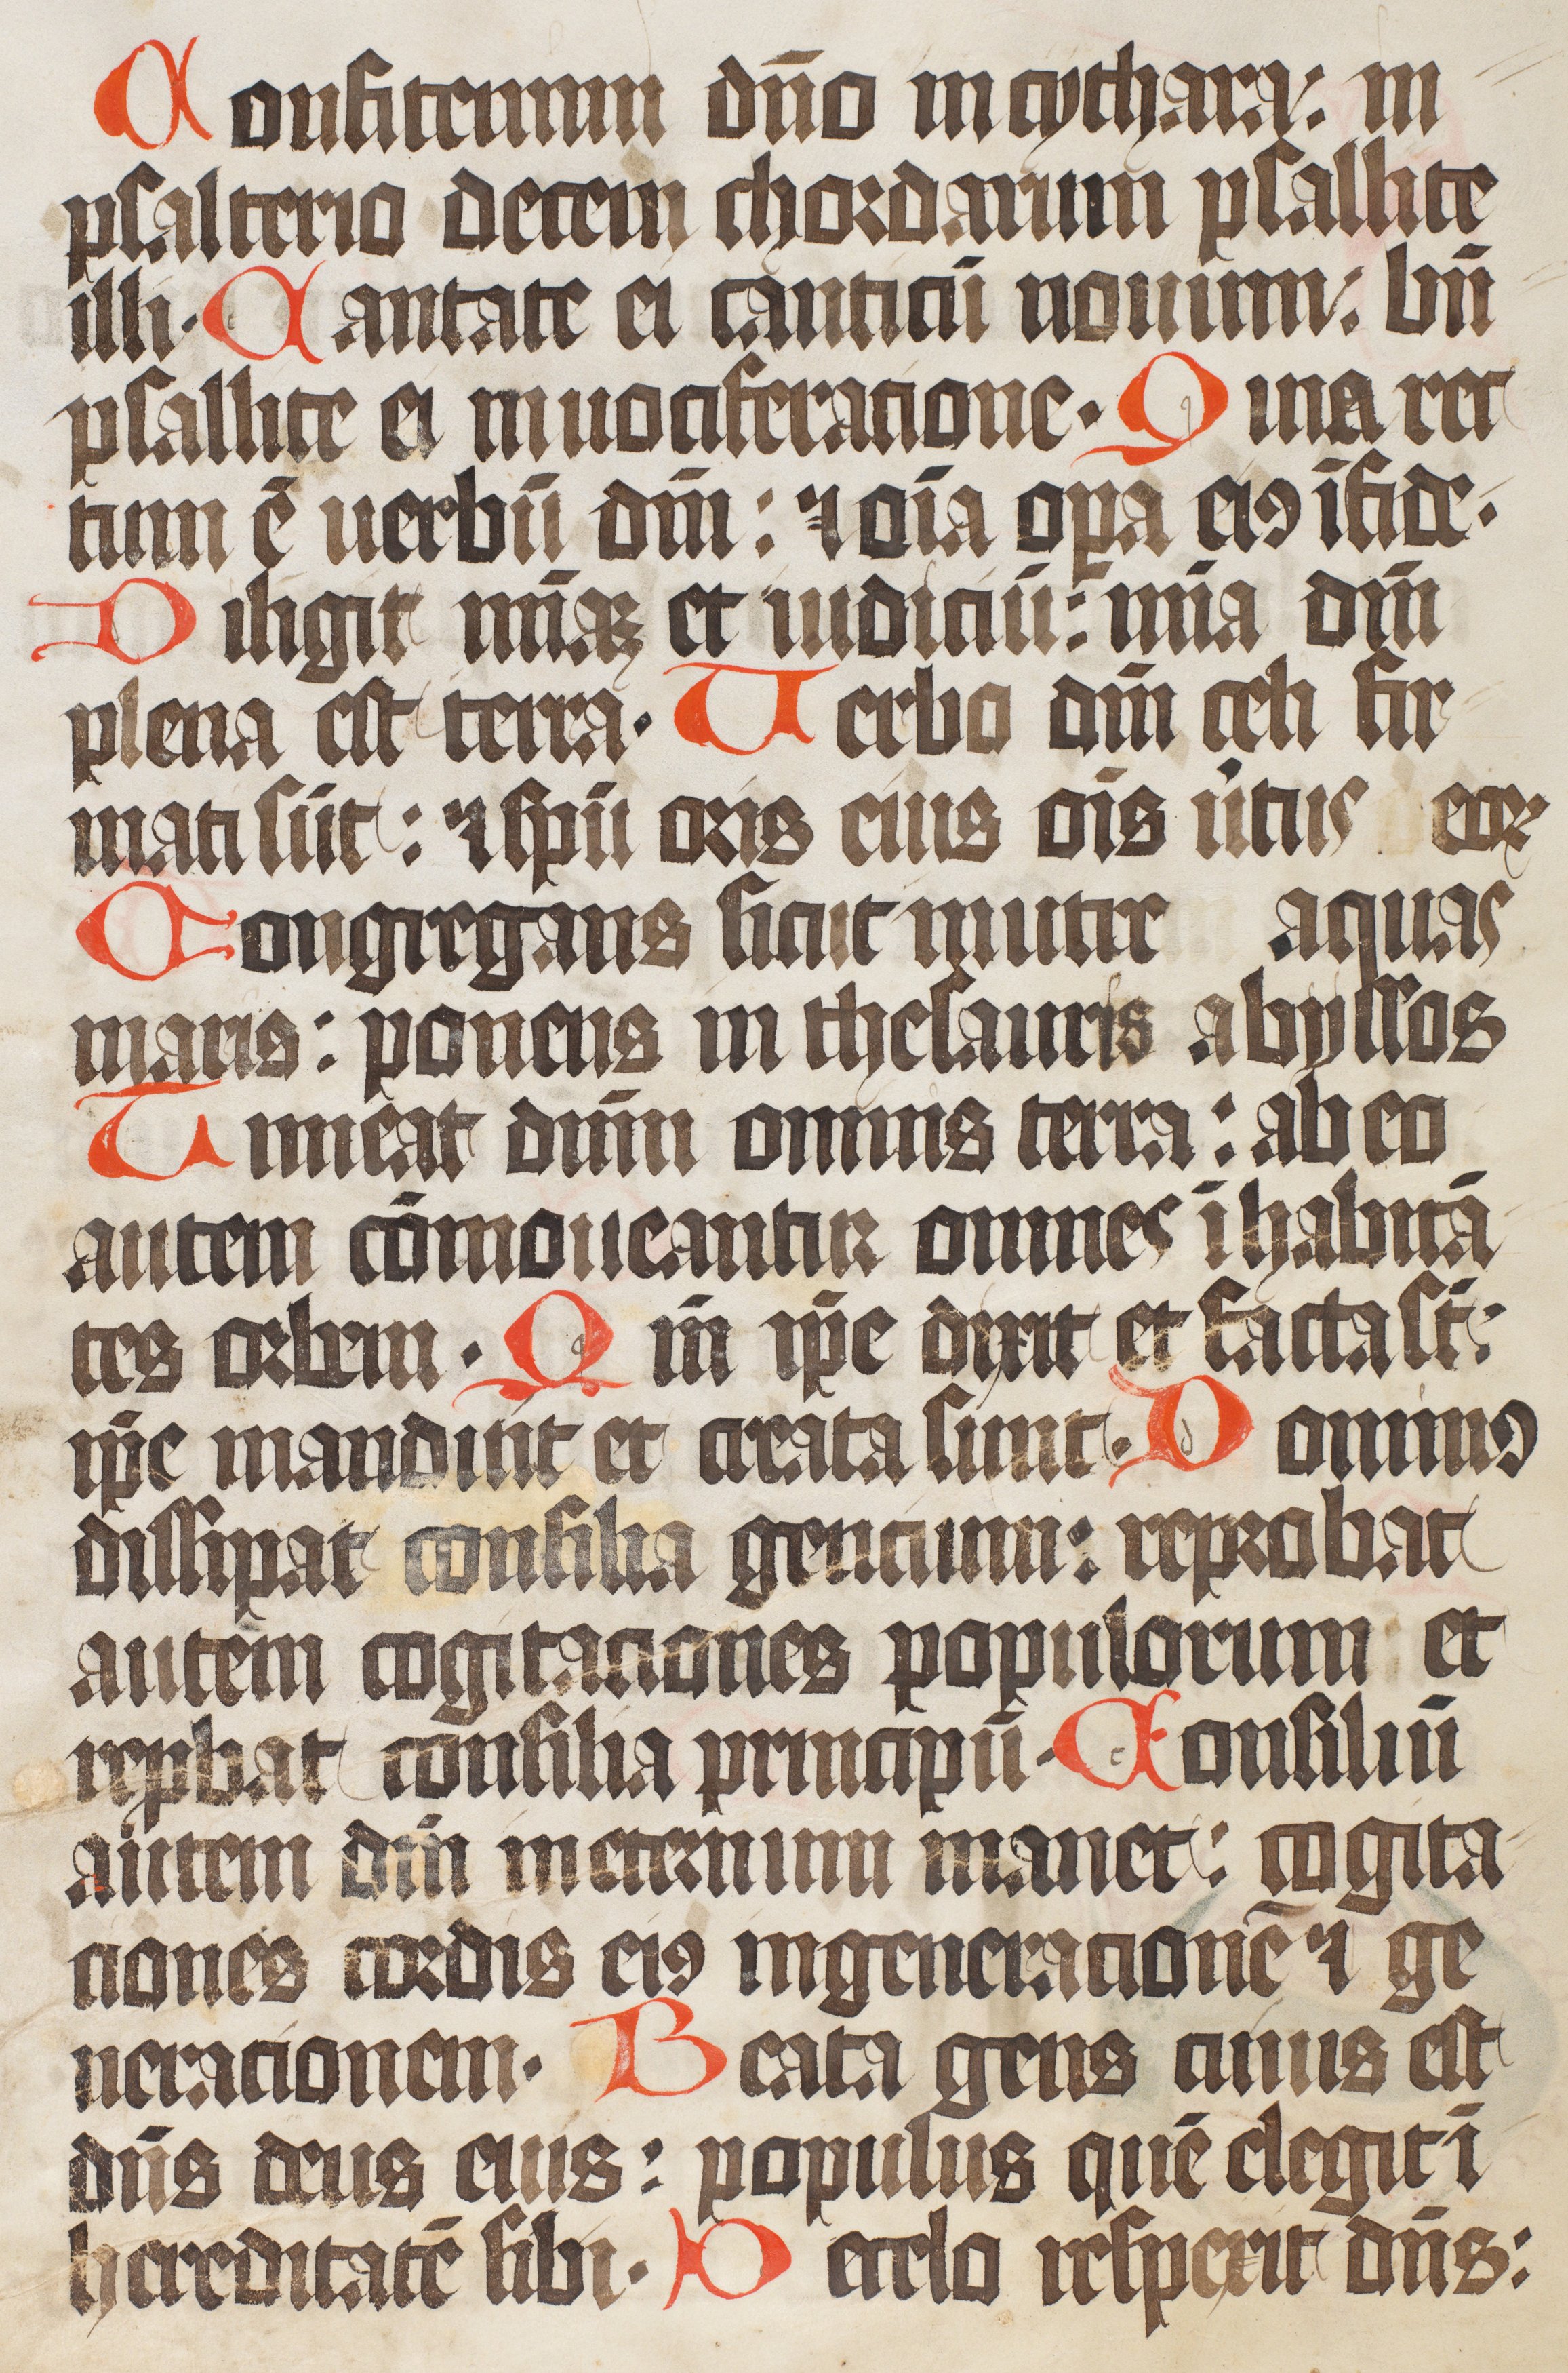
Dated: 1400–1499